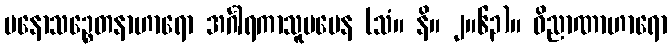
မနောသဉ္စေတနာဟာရော အင်္ဂါရကာသူပမေန (သံ။ နိ။ ၂။၆၃)။ ဝိညာဏာဟာရော